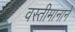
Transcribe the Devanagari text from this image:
वस्तीमानाने